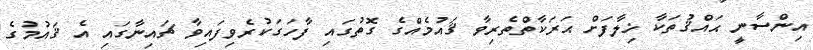
އިންސާނީ ޙައްޤުތަކާ ޚިލާފަށް ޙަރަކާތްތެރިވާ ޤައުމެއްގެ ގޮތުގައި ފާހަގަކުރެވިފައިވާ ޗައިނާގައި އެ ޤައުމުގެ